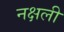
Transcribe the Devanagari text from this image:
नक्षली